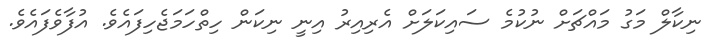
ނިކާލް މަގު މައްޗަށް ނުކުމެ ސައިކަލަށް އެރިއިރު އިނީ ނިކަން ހިތްހަމަޖެހިފައެވެ. އުފާވެފައެވެ.